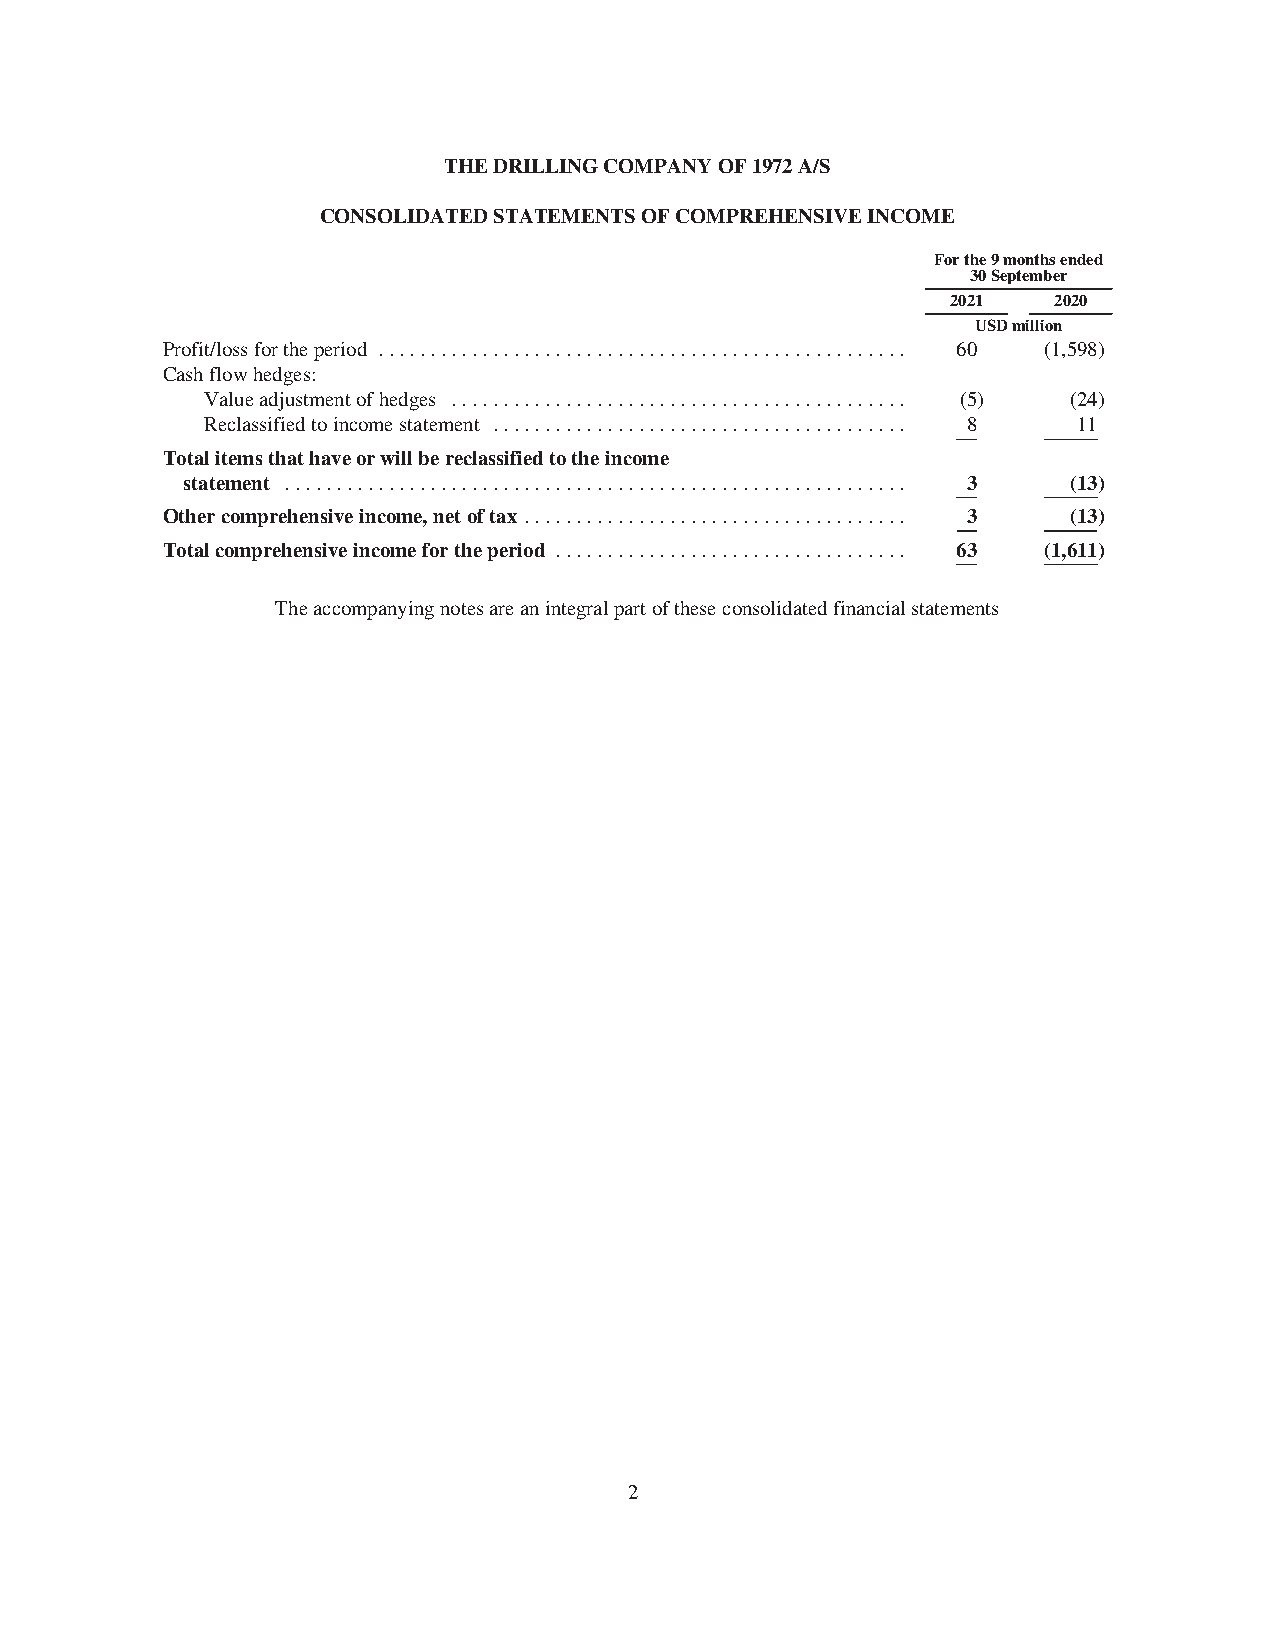
THEDRILLINGCOMPANYOF1972A/S
 CONSOLIDATEDSTATEMENTSOFCOMPREHENSIVEINCOME
 Forthe9monthsended
 30September
 2021   2020
 USDmillion
 Profit/lossfortheperiod ................................................... 60 (1,598)
 Cashflowhedges:
 Valueadjustmentofhedges ............................................ (5) (24)
 Reclassifiedtoincomestatement ........................................ 8 11
 Totalitemsthathaveorwillbereclassifiedtotheincome
 statement ............................................................ 3 (13)
 Othercomprehensiveincome,netoftax ..................................... 3 (13)
 Totalcomprehensiveincomefortheperiod .................................. 63 (1,611)
 Theaccompanyingnotesareanintegralpartoftheseconsolidatedfinancialstatements
 2